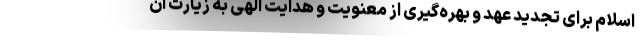
اسلام برای تجدید عهد و بهره‌گیری از معنویت و هدایت الهی به زیارت آن